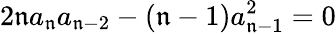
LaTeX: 2\mathfrak{n}a_{\mathfrak{n}}a_{\mathfrak{n}-2}-(\mathfrak{n}-1)a_{\mathfrak{n}-1}^{2}=0